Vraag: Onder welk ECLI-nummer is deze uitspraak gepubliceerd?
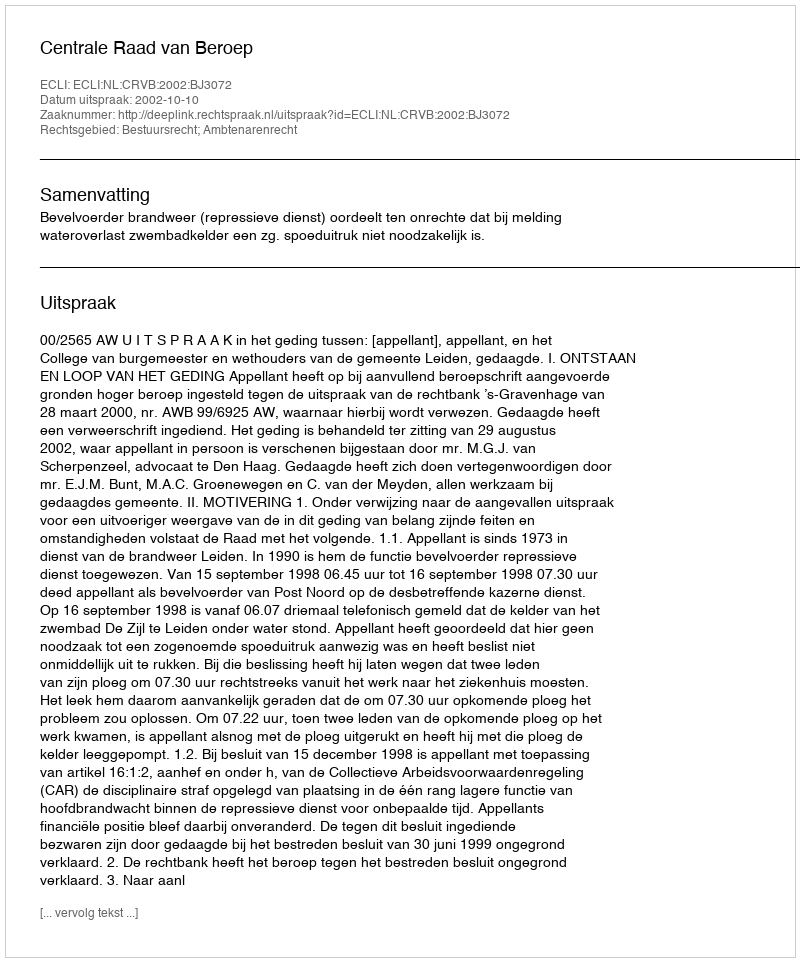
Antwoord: ECLI:NL:CRVB:2002:BJ3072